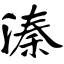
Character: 溱